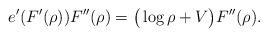
LaTeX: \begin{align*}e^{\prime}(F^{\prime}(\rho))F^{\prime\prime}(\rho)=\big( \log\rho +V \big) F^{\prime\prime}(\rho).\end{align*}